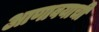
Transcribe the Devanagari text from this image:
आणावयाची